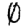
Digit: 0